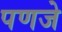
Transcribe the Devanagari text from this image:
पणजे